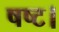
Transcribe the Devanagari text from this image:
षष्ट।